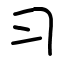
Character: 习